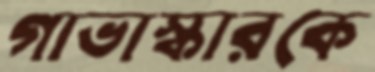
গাভাস্কারকে